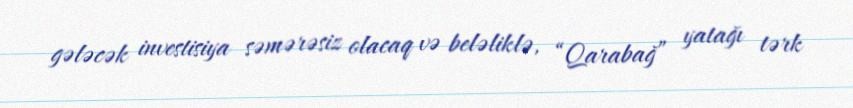
gələcək investisiya səmərəsiz olacaq və beləliklə, “Qarabağ” yatağı tərk